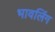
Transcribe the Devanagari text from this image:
भावलिंग